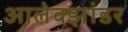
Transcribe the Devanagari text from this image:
आलेक्झांडर